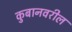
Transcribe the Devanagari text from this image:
कुबानवरील